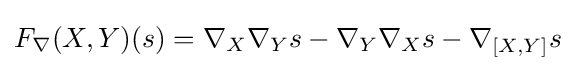
F_{\nabla }(X,Y)(s)=\nabla _{X}\nabla _{Y}s-\nabla _{Y}\nabla _{X}s-\nabla _{[X,Y]}s